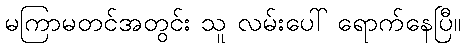
မကြာမတင်အတွင်း သူ လမ်းပေါ် ရောက်နေပြီ။